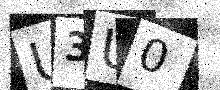
Text: U3U0